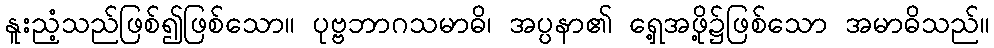
နူးညံ့သည်ဖြစ်၍ဖြစ်သော။ ပုဗ္ဗဘာဂသမာဓိ၊ အပ္ပနာ၏ ရှေ့အဖို့၌ဖြစ်သော အမာဓိသည်။